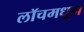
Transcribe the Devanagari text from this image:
लॉचमधून